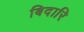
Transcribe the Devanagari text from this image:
बिदारि